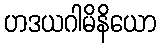
ဟဒယဂါမိနိယော